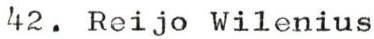
42. Reijo Wilenius